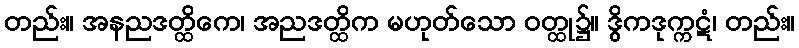
တည်း။ အနညဒတ္ထိကေ၊ အညဒတ္ထိက မဟုတ်သော ဝတ္ထု၌။ ဒွိကဒုက္ကဋံ၊ တည်း။